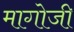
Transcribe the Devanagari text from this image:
मागोजी